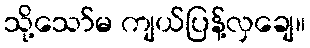
သို့သော်မ ကျယ်ပြန့်လှချေ။